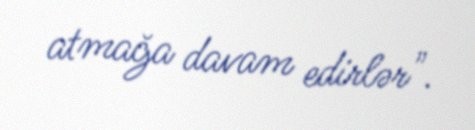
atmağa davam edirlər".